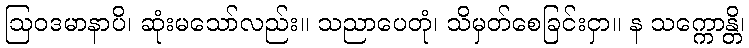
ဩဝဒမာနာပိ၊ ဆုံးမသော်လည်း။ သညာပေတုံ၊ သိမှတ်စေခြင်းငှာ။ န သက္ကောန္တိ၊